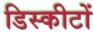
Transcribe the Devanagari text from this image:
डिस्कीटों